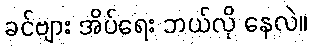
ခင်ဗျား အိပ်ရေး ဘယ်လို နေလဲ။